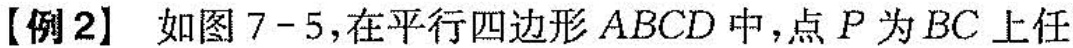
【例2】如图7-5，在平行四边形ABCD中，点P为BC上任